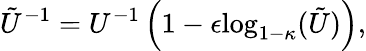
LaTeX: \tilde{U}^{-1}=U^{-1}\left(1-\epsilon\mathrm{log}_{1-\kappa}(\tilde{U})\right),